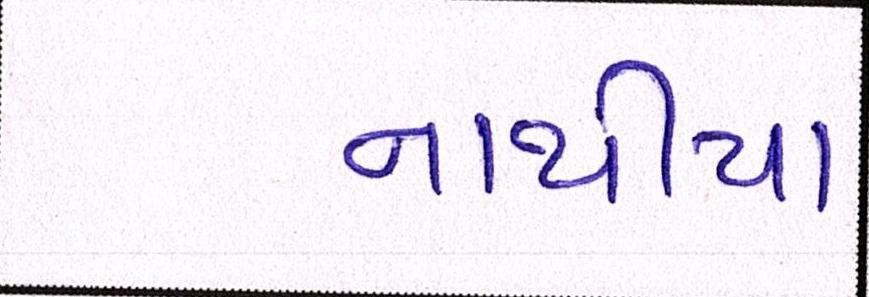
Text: નાથીયા